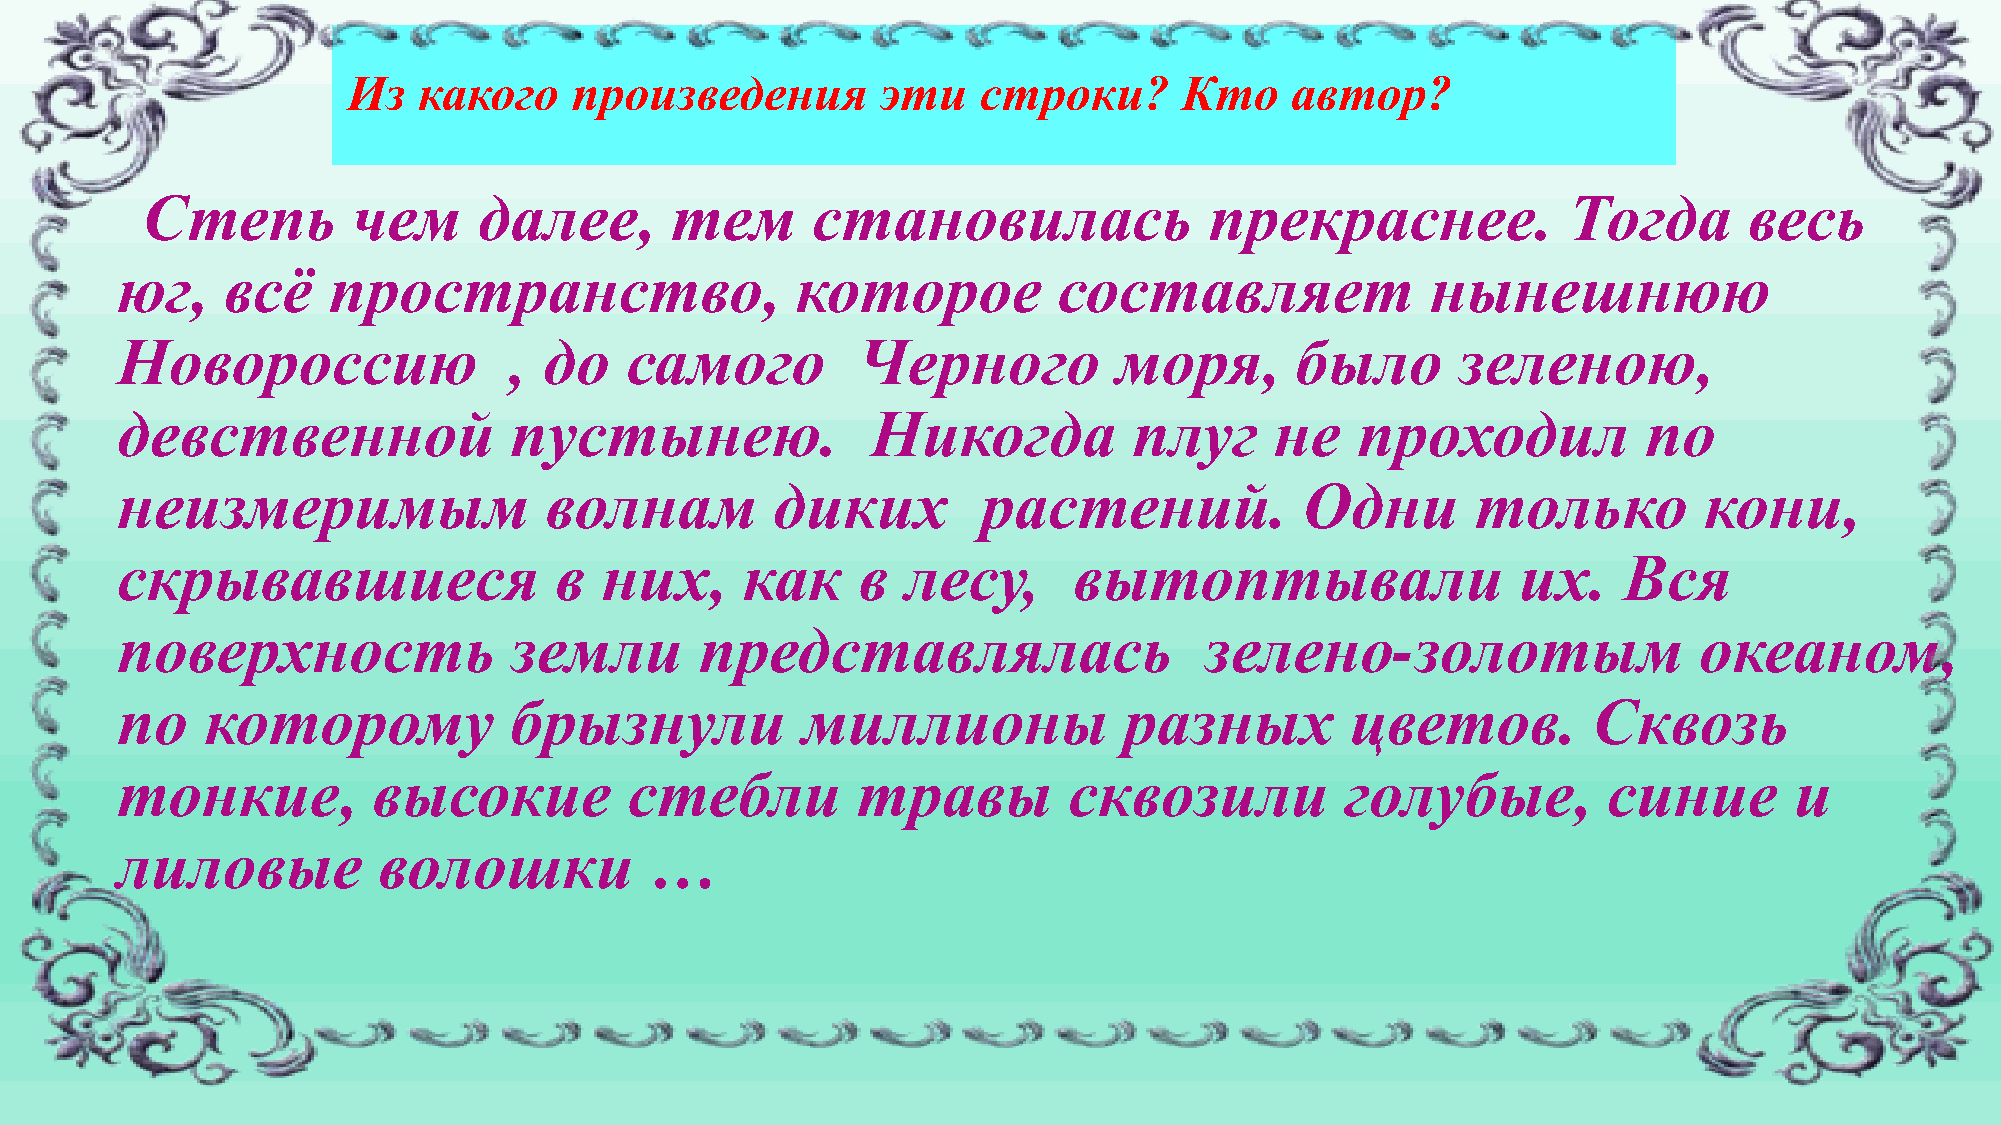
Из   какого    произведения        эти    строки?      Кто    автор?
 Степь         чем      далее,      тем       становилась               прекраснее.             Тогда       весь
 юг,    всё    пространство,                  которое          составляет               нынешнюю
 Новороссию                , до   самого          Черного          моря,       было       зеленою,
 девственной               пустынею.               Никогда          плуг     не    проходил           по
 неизмеримым                 волнам         диких         растений.            Одни        только         кони,
 скрывавшиеся                 в  них,     как     в  лесу,      вытоптывали                   их.   Вся
 поверхность               земли       представлялась                    зелено-золотым                  океаном,
 по    которому            брызнули           миллионы             разных         цветов.         Сквозь
 тонкие,          высокие          стебли         травы         сквозили          голубые,         синие        и
 лиловые          волошки           …